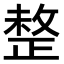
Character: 𢿄